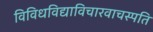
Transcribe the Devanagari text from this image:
विविधविद्याविचारवाचस्पति